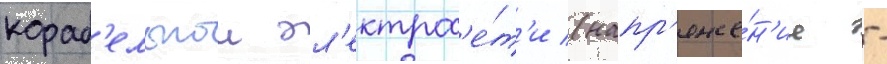
кораб'ельнои эл'ектрос'е́т'и (напр'яже́н'ие -